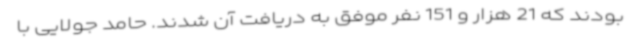
بودند که 21 هزار و 151 نفر موفق به دریافت آن شدند. حامد جولایی با